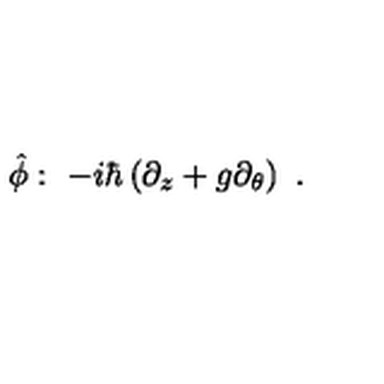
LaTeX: \hat { \phi } : \ - i \hbar \left( \partial _ { z } + g \partial _ { \theta } \right) \ .